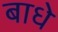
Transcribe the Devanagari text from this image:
बाधे